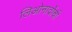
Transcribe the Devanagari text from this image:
लिओनार्दोची